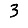
Digit: 3